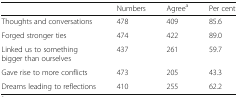
<table><thead><tr><td></td><td><b>Numbers</b></td><td><b>Agree<sup>a</sup></b></td><td><b>Per cent</b></td></tr></thead><tbody><tr><td>Thoughts and conversations</td><td>478</td><td>409</td><td>85.6</td></tr><tr><td>Forged stronger ties</td><td>474</td><td>422</td><td>89.0</td></tr><tr><td>Linked us to something bigger than ourselves</td><td>437</td><td>261</td><td>59.7</td></tr><tr><td>Gave rise to more conflicts</td><td>473</td><td>205</td><td>43.3</td></tr><tr><td>Dreams leading to reflections</td><td>410</td><td>255</td><td>62.2</td></tr></tbody></table>